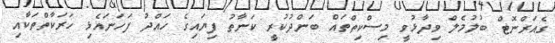
ގެއަރްނޮޓް ބުލުމެލް ވިދާޅުވީ މިސްކިތްތައް ބަންދުކުރީ ކަނާތު ފިޔައިގެ ހައްދު ފަހަނައެޅި ހަރަކާތްތަކާއި